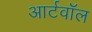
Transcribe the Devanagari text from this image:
आर्टवॉल